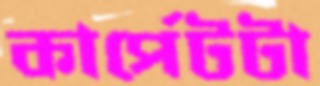
কার্পেটটা